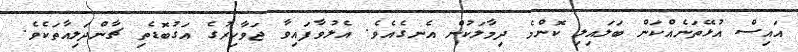
އައިސް އުޅޭތަނެއްކަން ބަލައިލި ކޮންމެ ދިމާލަކުން އެނގެއެވެ. އެލުވާފައިވާ ޖަވާހިރުގެ އަގުބޮޑެތި ޗާންދަލިއާތަކެވެ.